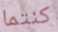
كنتما